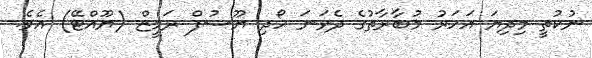
ނުކުތީ މިދިޔަ އަހަރު މުބާރާތުގެ ދެވަނަ ހޯދި ޔޫސުފް ރަމީޒް (ޔޫއްޓޭ) އެވެ.